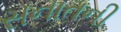
સનાતની